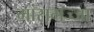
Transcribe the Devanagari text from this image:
मांसमज्जा